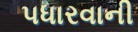
પધારવાની